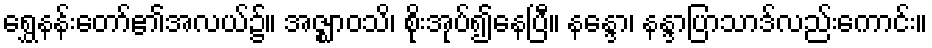
ရွှေနန်းတော်၏အလယ်၌။ အဇ္ဈာဝသိ၊ စိုးအုပ်၍နေပြီ။ နန္ဒော၊ နန္ဒာပြာသာဒ်လည်းကောင်း။